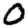
Digit: 0